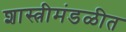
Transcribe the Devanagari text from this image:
शास्त्रीमंडळीत